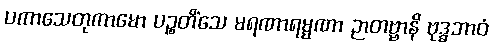
ပကာသေတုကာမော ပဉ္စတိံသေ မရဏာရမ္မဏာ ဉာတဗ္ဗာနိ ဗုဒ္ဓဘာဝံ